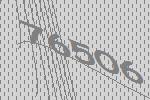
76506